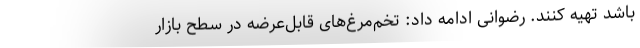
باشد تهیه کنند. رضوانی ادامه داد: تخم‌مرغ‌های قابل‌عرضه در سطح بازار